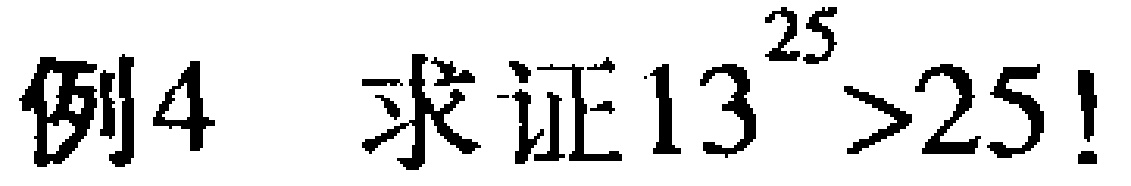
例4  求证\(13^{25}>25!\)